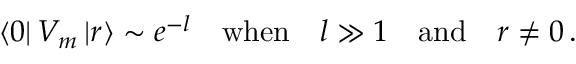
\left\langle 0 \right| V _ { m } \left| r \right\rangle \sim e ^ { - l } \quad \mathrm { w h e n } \quad l \gg 1 \quad \mathrm { a n d } \quad r \neq 0 \, .